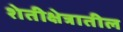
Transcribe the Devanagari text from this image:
शेतीक्षेत्रातील